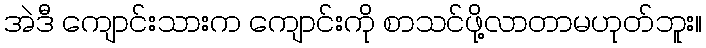
အဲဒီ ကျောင်းသားက ကျောင်းကို စာသင်ဖို့လာတာမဟုတ်ဘူး။